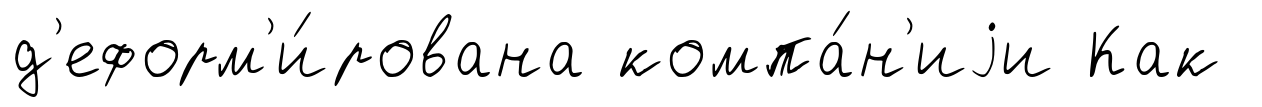
д'еформ'и́рована компа́н'иjи Как